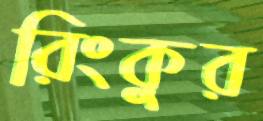
রিংকুর